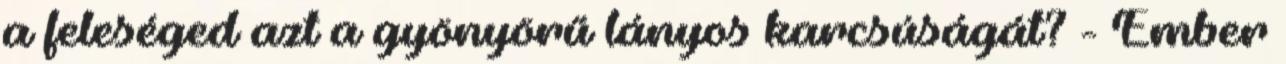
a feleséged azt a gyönyörű lányos karcsúságát? - Ember